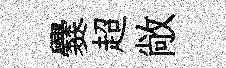
爨超敞